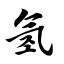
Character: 氢